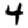
Digit: 4